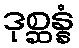
ဒုစ္ဆန္နံ